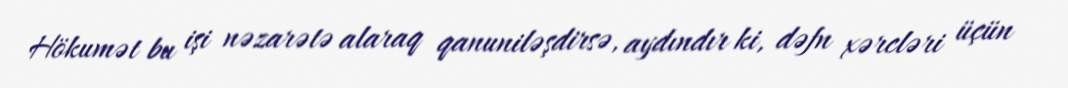
Hökumət bu işi nəzarətə alaraq qanuniləşdirsə, aydındır ki, dəfn xərcləri üçün